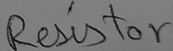
Text: Resistor